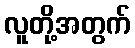
လူတို့အတွက်